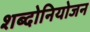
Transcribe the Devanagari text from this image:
शब्दोनियोजन